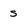
Character: s